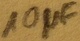
Text: 10µF